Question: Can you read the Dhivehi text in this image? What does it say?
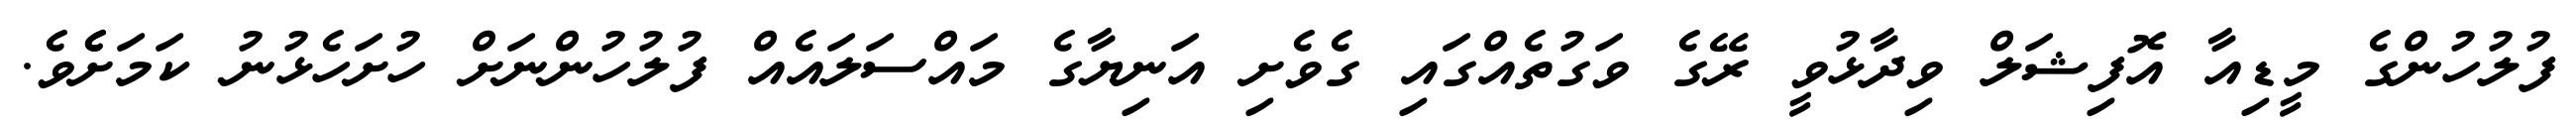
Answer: ފުލުހުންގެ މީޑިއާ އޮފިޝަލް ވިދާޅުވީ ރޭގެ ވަގުތެއްގައި ގެވެށި އަނިޔާގެ މައްސަލައެއް ފުލުހުންނަށް ހުށަހެޅުނު ކަމަށެެވެ.